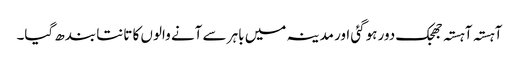
آہستہ آہستہ جھجک دور ہوگئی اور مدینہ میں باہر سے آنے والوں کا تانتا بندھ گیا۔